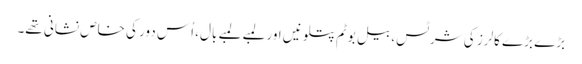
بڑے بڑے کالرز کی شرٹس، بیل بوٹم پتلونیں اور لمبے لمبے بال، اُس دور کی خاص نشانی تھے۔